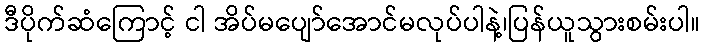
ဒီပိုက်ဆံကြောင့် ငါ အိပ်မပျော်အောင်မလုပ်ပါနဲ့၊ပြန်ယူသွားစမ်းပါ။